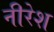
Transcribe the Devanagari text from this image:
नीरेश